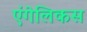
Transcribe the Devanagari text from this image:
एंगेलिकस